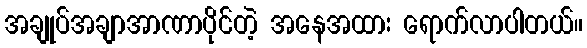
အချုပ်အချာအာဏာပိုင်တဲ့ အနေအထား ရောက်လာပါတယ်။